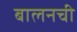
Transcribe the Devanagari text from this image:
बालनची